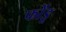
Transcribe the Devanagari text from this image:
फोंडू